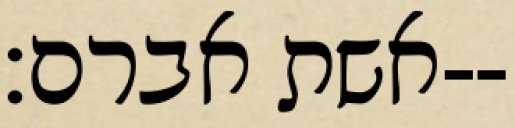
אשת אברם׃--